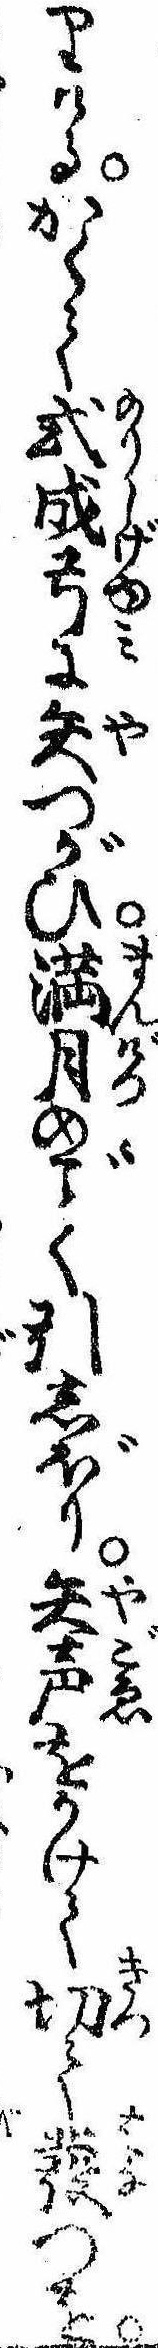
りけるかくて式成弓に矢つがひ満月のく引しぼり矢声をかけて切て発つを